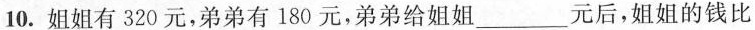
10.姐姐有320元，弟弟有180元，弟弟给姐姐___元后，姐姐的钱比